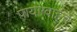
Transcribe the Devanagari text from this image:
पायाग्वाईचे